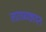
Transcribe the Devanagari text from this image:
ताराप्रच्छादन